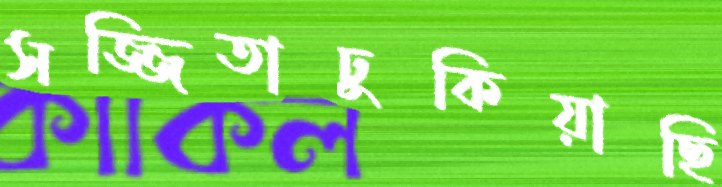
সজ্জিতাঢুকিয়াছি